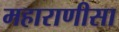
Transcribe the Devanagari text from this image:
महाराणीसा